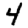
Digit: 4